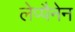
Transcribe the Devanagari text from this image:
लेप्पैनेन